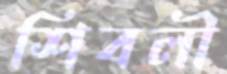
শিবলী